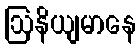
ဩနိယျမာနေ